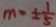
m = \pm \frac { 1 } { 5 }